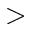
>